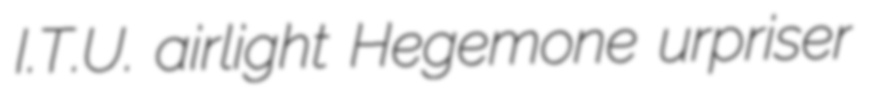
I.T.U. airlight Hegemone urpriser